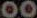
00